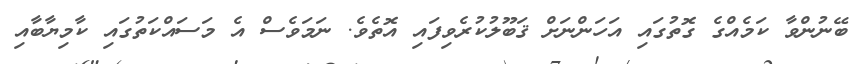
ބޭނުންވާ ކަމެެއްގެ ގޮތުގައި އަހަންނަށް ޤަބޫލުކުރެވިފައި އޮތެވެ. ނަމަވެސް އެ މަސައްކަތުގައި ކާމިޔާބާއި